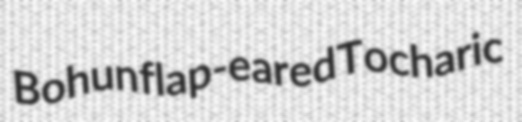
Bohun flap-eared Tocharic